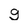
Character: g